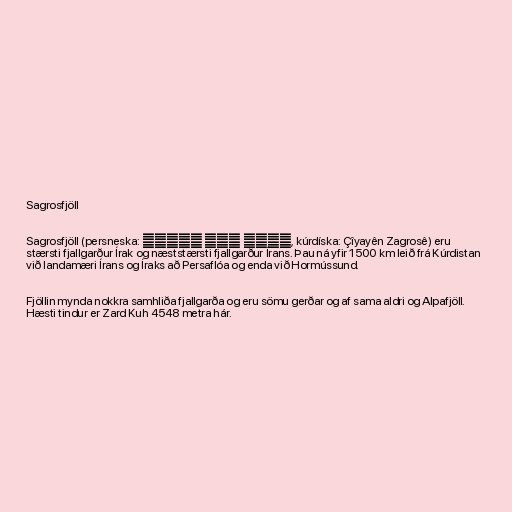
Sagrosfjöll

Sagrosfjöll (persneska: رشته كوه زاگرس, kúrdíska: Çîyayên Zagrosê) eru
stærsti fjallgarður Írak og næststærsti fjallgarður Írans. Þau ná yfir 1500 km leið frá Kúrdistan
við landamæri Írans og Íraks að Persaflóa og enda við Hormússund.

Fjöllin mynda nokkra samhliða fjallgarða og eru sömu gerðar og af sama aldri og Alpafjöll.
Hæsti tindur er Zard Kuh 4548 metra hár.